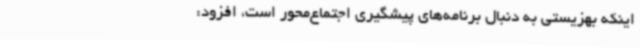
اینکه بهزیستی به دنبال برنامه‌های پیشگیری اجتماع‌محور است، افزود: